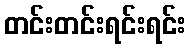
တင်းတင်းရင်းရင်း